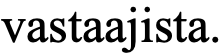
vastaajista.